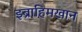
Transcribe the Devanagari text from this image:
इब्राहिमखान